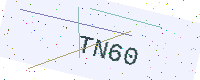
Text: TN60